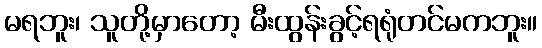
မရဘူး၊ သူတို့မှာတော့ မီးထွန်းခွင့်ရရုံတင်မကဘူး။